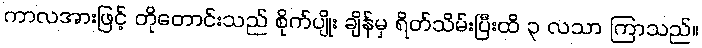
ကာလအားဖြင့် တိုတောင်းသည် စိုက်ပျိုး ချိန်မှ ရိတ်သိမ်းပြီးထိ ၃ လသာ ကြာသည်။